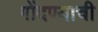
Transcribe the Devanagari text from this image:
गोंदण्याची